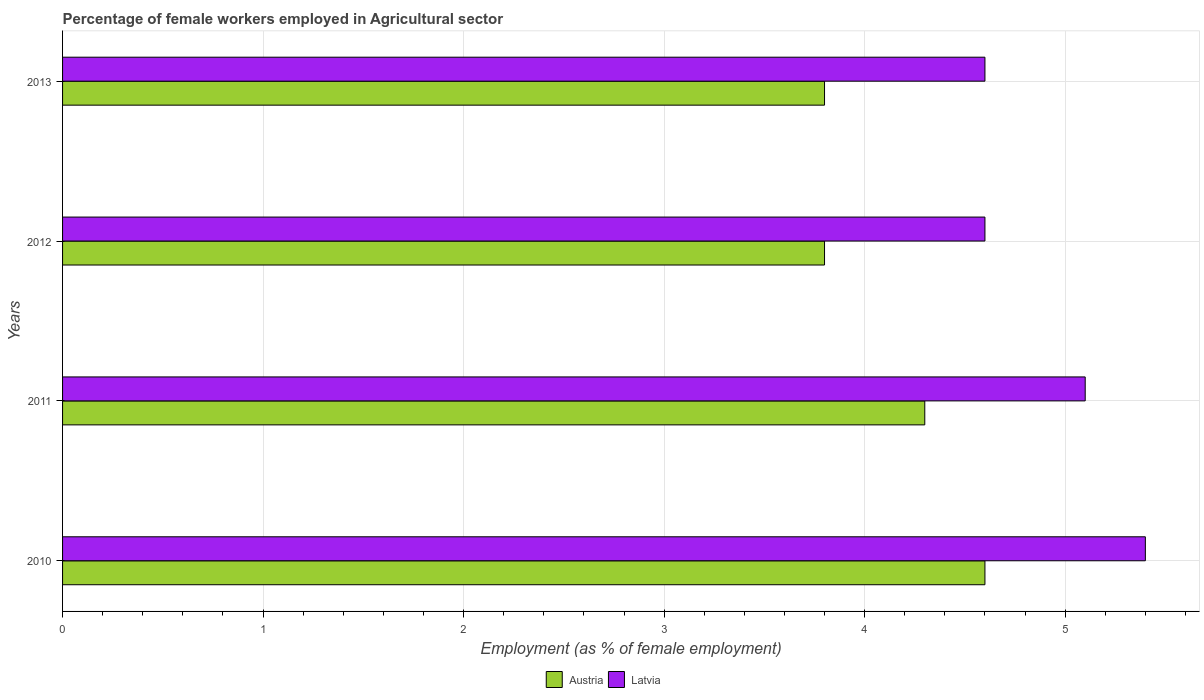
| Years | Austria | Latvia |
 | --- | --- | --- |
 | 2010 | 4.6 | 5.4 |
 | 2011 | 4.3 | 5.1 |
 | 2012 | 3.8 | 4.6 |
 | 2013 | 3.8 | 4.6 |